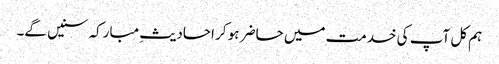
ہم کل آپ کی خدمت میں حاضر ہو کر احادیثِ مبارکہ سنیں گے۔